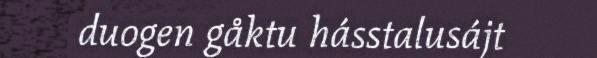
duogen gåktu hásstalusájt